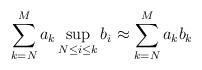
LaTeX: \begin{align*} \sum_{k=N}^M a_k \sup_{N \leq i\leq k} b_i \approx \sum_{k=N}^M a_k b_k\end{align*}